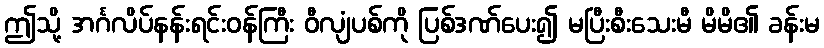
ဤသို့ အင်္ဂလိပ်နန်းရင်းဝန်ကြီး ဝီလျံပစ်ကို ပြစ်ဒဏ်ပေး၍ မပြီးစီးသေးမီ မိမိ၏ ခန်းမ